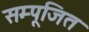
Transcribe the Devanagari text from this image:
सम्पूजित